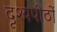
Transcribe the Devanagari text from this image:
दृश्यपीठों